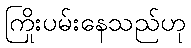
ကြိုးပမ်းနေသည်ဟု